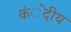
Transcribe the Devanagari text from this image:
कंेदीय